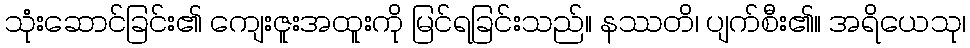
သုံးဆောင်ခြင်း၏ ကျေးဇူးအထူးကို မြင်ရခြင်းသည်။ နဿတိ၊ ပျက်စီး၏။ အရိယေသု၊